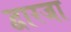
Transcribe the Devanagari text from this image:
द्वारजा